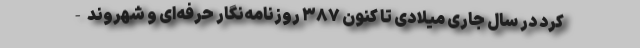
کرد در سال جاری میلادی تا کنون ۳۸۷ روزنامه‌نگار حرفه‌ای و شهروند-